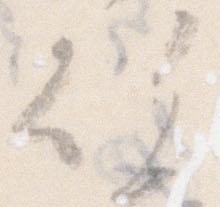
行